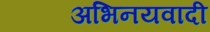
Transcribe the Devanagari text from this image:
अभिनयवादी